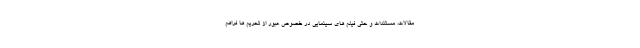
مقالات، مستندات و حتی فیلم های سینمایی در خصوص عبور از تحریم ها فراهم